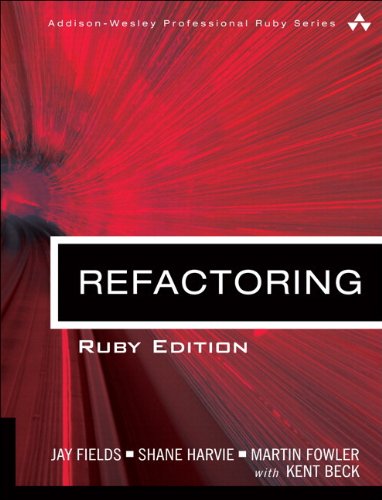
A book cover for Refactoring: Ruby Edition: Ruby Edition (Addison-Wesley Professional Ruby Series); Jay Fields; Computers & Technology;